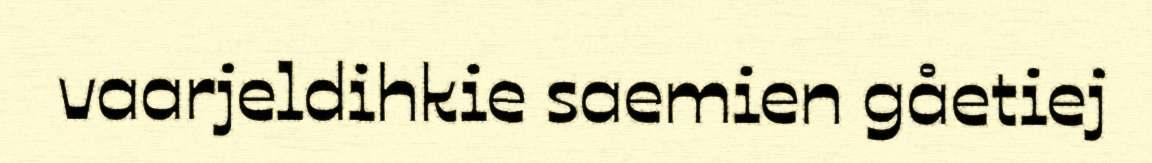
vaarjeldihkie saemien gåetiej